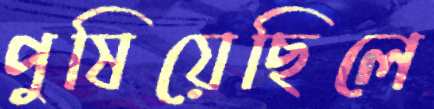
পুষিয়েছিলে